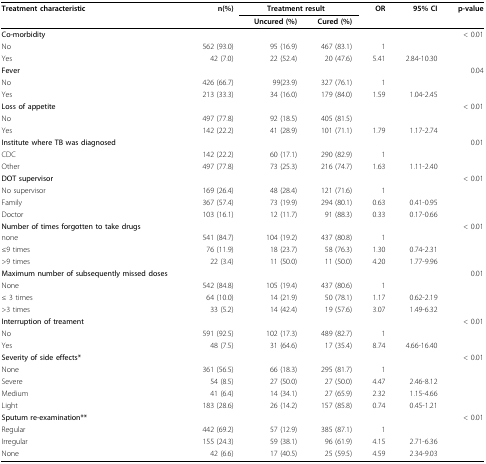
<table><thead><tr><td><b>Treatment characteristic</b></td><td><b>n(%)</b></td><td colspan="2"><b>Treatment result</b></td><td><b>OR</b></td><td><b>95% CI</b></td><td><b>p-value</b></td></tr><tr><td></td><td></td><td><b>Uncured (%)</b></td><td><b>Cured (%)</b></td><td></td><td></td><td></td></tr></thead><tbody><tr><td><b>Co-morbidity</b></td><td></td><td></td><td></td><td></td><td></td><td>&lt; 0.01</td></tr><tr><td>No</td><td>562 (93.0)</td><td>95 (16.9)</td><td>467 (83.1)</td><td>1</td><td></td><td></td></tr><tr><td>Yes</td><td>42 (7.0)</td><td>22 (52.4)</td><td>20 (47.6)</td><td>5.41</td><td>2.84-10.30</td><td></td></tr><tr><td><b>Fever</b></td><td></td><td></td><td></td><td></td><td></td><td>0.04</td></tr><tr><td>No</td><td>426 (66.7)</td><td>99(23.9)</td><td>327 (76.1)</td><td>1</td><td></td><td></td></tr><tr><td>Yes</td><td>213 (33.3)</td><td>34 (16.0)</td><td>179 (84.0)</td><td>1.59</td><td>1.04-2.45</td><td></td></tr><tr><td><b>Loss of appetite</b></td><td></td><td></td><td></td><td></td><td></td><td>&lt; 0.01</td></tr><tr><td>No</td><td>497 (77.8)</td><td>92 (18.5)</td><td>405 (81.5)</td><td></td><td></td><td></td></tr><tr><td>Yes</td><td>142 (22.2)</td><td>41 (28.9)</td><td>101 (71.1)</td><td>1.79</td><td>1.17-2.74</td><td></td></tr><tr><td><b>Institute where TB was diagnosed</b></td><td></td><td></td><td></td><td></td><td></td><td>0.01</td></tr><tr><td>CDC</td><td>142 (22.2)</td><td>60 (17.1)</td><td>290 (82.9)</td><td>1</td><td></td><td></td></tr><tr><td>Other</td><td>497 (77.8)</td><td>73 (25.3)</td><td>216 (74.7)</td><td>1.63</td><td>1.11-2.40</td><td></td></tr><tr><td><b>DOT supervisor</b></td><td></td><td></td><td></td><td></td><td></td><td>&lt; 0.01</td></tr><tr><td>No supervisor</td><td>169 (26.4)</td><td>48 (28.4)</td><td>121 (71.6)</td><td>1</td><td></td><td></td></tr><tr><td>Family</td><td>367 (57.4)</td><td>73 (19.9)</td><td>294 (80.1)</td><td>0.63</td><td>0.41-0.95</td><td></td></tr><tr><td>Doctor</td><td>103 (16.1)</td><td>12 (11.7)</td><td>91 (88.3)</td><td>0.33</td><td>0.17-0.66</td><td></td></tr><tr><td><b>Number of times forgotten to take drugs</b></td><td></td><td></td><td></td><td></td><td></td><td>&lt; 0.01</td></tr><tr><td>none</td><td>541 (84.7)</td><td>104 (19.2)</td><td>437 (80.8)</td><td>1</td><td></td><td></td></tr><tr><td>≤9 times</td><td>76 (11.9)</td><td>18 (23.7)</td><td>58 (76.3)</td><td>1.30</td><td>0.74-2.31</td><td></td></tr><tr><td>&gt;9 times</td><td>22 (3.4)</td><td>11 (50.0)</td><td>11 (50.0)</td><td>4.20</td><td>1.77-9.96</td><td></td></tr><tr><td><b>Maximum number of subsequently missed doses</b></td><td></td><td></td><td></td><td></td><td></td><td>0.01</td></tr><tr><td>None</td><td>542 (84.8)</td><td>105 (19.4)</td><td>437 (80.6)</td><td>1</td><td></td><td></td></tr><tr><td>≤ 3 times</td><td>64 (10.0)</td><td>14 (21.9)</td><td>50 (78.1)</td><td>1.17</td><td>0.62-2.19</td><td></td></tr><tr><td>&gt;3 times</td><td>33 (5.2)</td><td>14 (42.4)</td><td>19 (57.6)</td><td>3.07</td><td>1.49-6.32</td><td></td></tr><tr><td><b>Interruption of treament</b></td><td></td><td></td><td></td><td></td><td></td><td>&lt; 0.01</td></tr><tr><td>No</td><td>591 (92.5)</td><td>102 (17.3)</td><td>489 (82.7)</td><td>1</td><td></td><td></td></tr><tr><td>Yes</td><td>48 (7.5)</td><td>31 (64.6)</td><td>17 (35.4)</td><td>8.74</td><td>4.66-16.40</td><td></td></tr><tr><td><b>Severity of side effects*</b></td><td></td><td></td><td></td><td></td><td></td><td>&lt; 0.01</td></tr><tr><td>None</td><td>361 (56.5)</td><td>66 (18.3)</td><td>295 (81.7)</td><td>1</td><td></td><td></td></tr><tr><td>Severe</td><td>54 (8.5)</td><td>27 (50.0)</td><td>27 (50.0)</td><td>4.47</td><td>2.46-8.12</td><td></td></tr><tr><td>Medium</td><td>41 (6.4)</td><td>14 (34.1)</td><td>27 (65.9)</td><td>2.32</td><td>1.15-4.66</td><td></td></tr><tr><td>Light</td><td>183 (28.6)</td><td>26 (14.2)</td><td>157 (85.8)</td><td>0.74</td><td>0.45-1.21</td><td></td></tr><tr><td><b>Sputum re-examination**</b></td><td></td><td></td><td></td><td></td><td></td><td>&lt; 0.01</td></tr><tr><td>Regular</td><td>442 (69.2)</td><td>57 (12.9)</td><td>385 (87.1)</td><td>1</td><td></td><td></td></tr><tr><td>Irregular</td><td>155 (24.3)</td><td>59 (38.1)</td><td>96 (61.9)</td><td>4.15</td><td>2.71-6.36</td><td></td></tr><tr><td>None</td><td>42 (6.6)</td><td>17 (40.5)</td><td>25 (59.5)</td><td>4.59</td><td>2.34-9.03</td><td></td></tr></tbody></table>